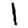
Digit: 1